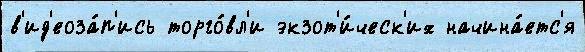
в'ид'еоза́п'ись торго́вл'и экзот'и́ческ'их начина́етс'я